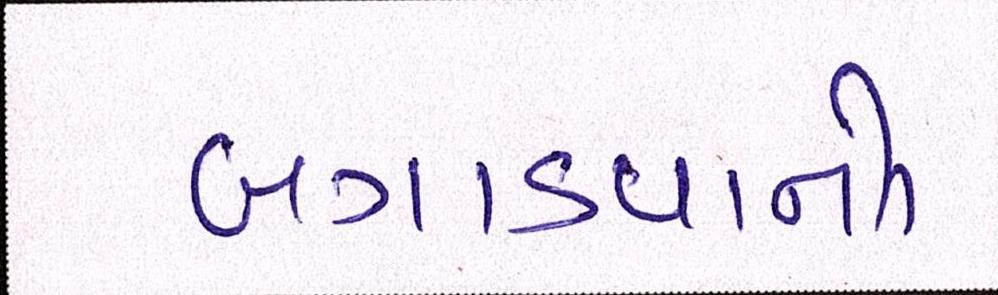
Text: બગડવાનો